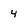
Character: 4